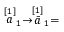
\stackrel { \lbrack 1 ] } { a } _ { 1 } \rightarrow \stackrel { [ 1 ] } { \bar { a } } _ { 1 } =